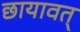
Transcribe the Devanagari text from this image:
छायावत्‌